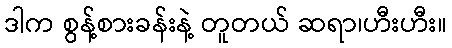
ဒါက စွန့်စားခန်းနဲ့ တူတယ် ဆရာ၊ဟီးဟီး။